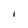
Character: I